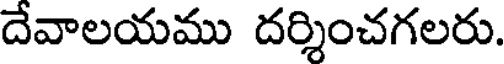
దేవాలయము దర్శించగలరు.